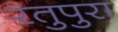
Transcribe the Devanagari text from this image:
रतुपुरा